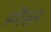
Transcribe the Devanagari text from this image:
स्पैंसर